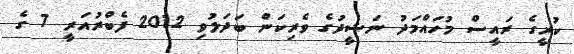
ކުރީގެ ރައީސް މުހައްމަދު ނަޝީދުގެ ވެރިކަން ބަދަލުވި 2012 ފެބްރުއަރީ 7 ގެ